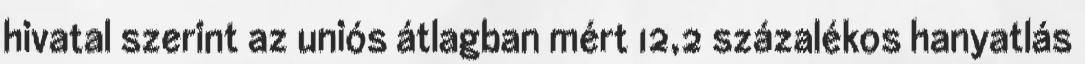
hivatal szerint az uniós átlagban mért 12,2 százalékos hanyatlás